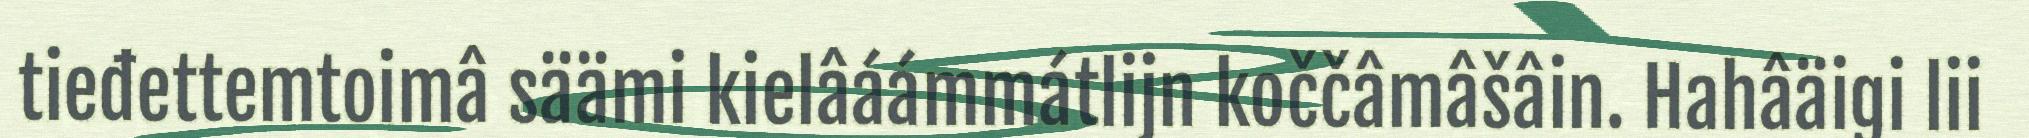
tieđettemtoimâ säämi kielâáámmátlijn koččâmâšâin. Hahâäigi lii